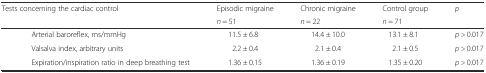
<table><thead><tr><td rowspan="2" colspan="2"><b>Tests concerning the cardiac control</b></td><td><b>Episodic migraine</b></td><td><b>Chronic migraine</b></td><td><b>Control group</b></td><td rowspan="2"><b><i>p</i></b></td></tr><tr><td><b><i>n</i> = 51</b></td><td><b><i>n</i> = 22</b></td><td><b><i>n</i> = 71</b></td></tr></thead><tbody><tr><td rowspan="3"></td><td>Arterial baroreflex, ms/mmHg</td><td>11.5 ± 6.8</td><td>14.4 ± 10.0</td><td>13.1 ± 8.1</td><td><i>p &gt;</i> 0.017</td></tr><tr><td>Valsalva index, arbitrary units</td><td>2.2 ± 0.4</td><td>2.1 ± 0.4</td><td>2.1 ± 0.5</td><td><i>p &gt;</i> 0.017</td></tr><tr><td>Expiration/inspiration ratio in deep breathing test</td><td>1.36 ± 0.15</td><td>1.36 ± 0.19</td><td>1.35 ± 0.20</td><td><i>p &gt;</i> 0.017</td></tr></tbody></table>